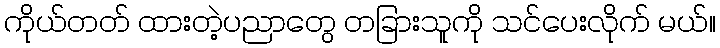
ကိုယ်တတ် ထားတဲ့ပညာတွေ တခြားသူကို သင်ပေးလိုက် မယ်။